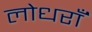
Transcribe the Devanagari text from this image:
लोधराँ